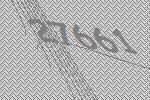
27661